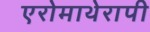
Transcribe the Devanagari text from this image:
एरोमाथेरापी